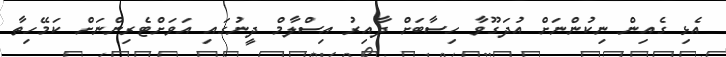
އެޅި ގެއިން ނިކުންނަށް އުދަގޫވާ ހިސާބަށް ދާއިރު އިސްލާމް ދީނުގައި އަވަށްޓެރިންނަށް ކަމޭހިތާ